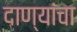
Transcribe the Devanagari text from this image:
दाण्यांचा